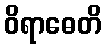
ဝိရာဓေတိ